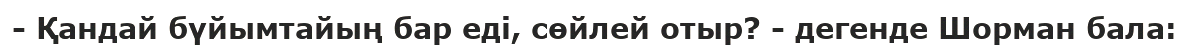
- Қандай бүйымтайың бар еді, сөйлей отыр? - дегенде Шорман бала: